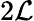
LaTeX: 2\mathcal{L}